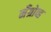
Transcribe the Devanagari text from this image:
मँग्रोव्ह